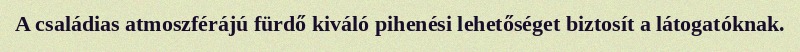
A családias atmoszférájú fürdő kiváló pihenési lehetőséget biztosít a látogatóknak.